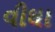
વીઘા